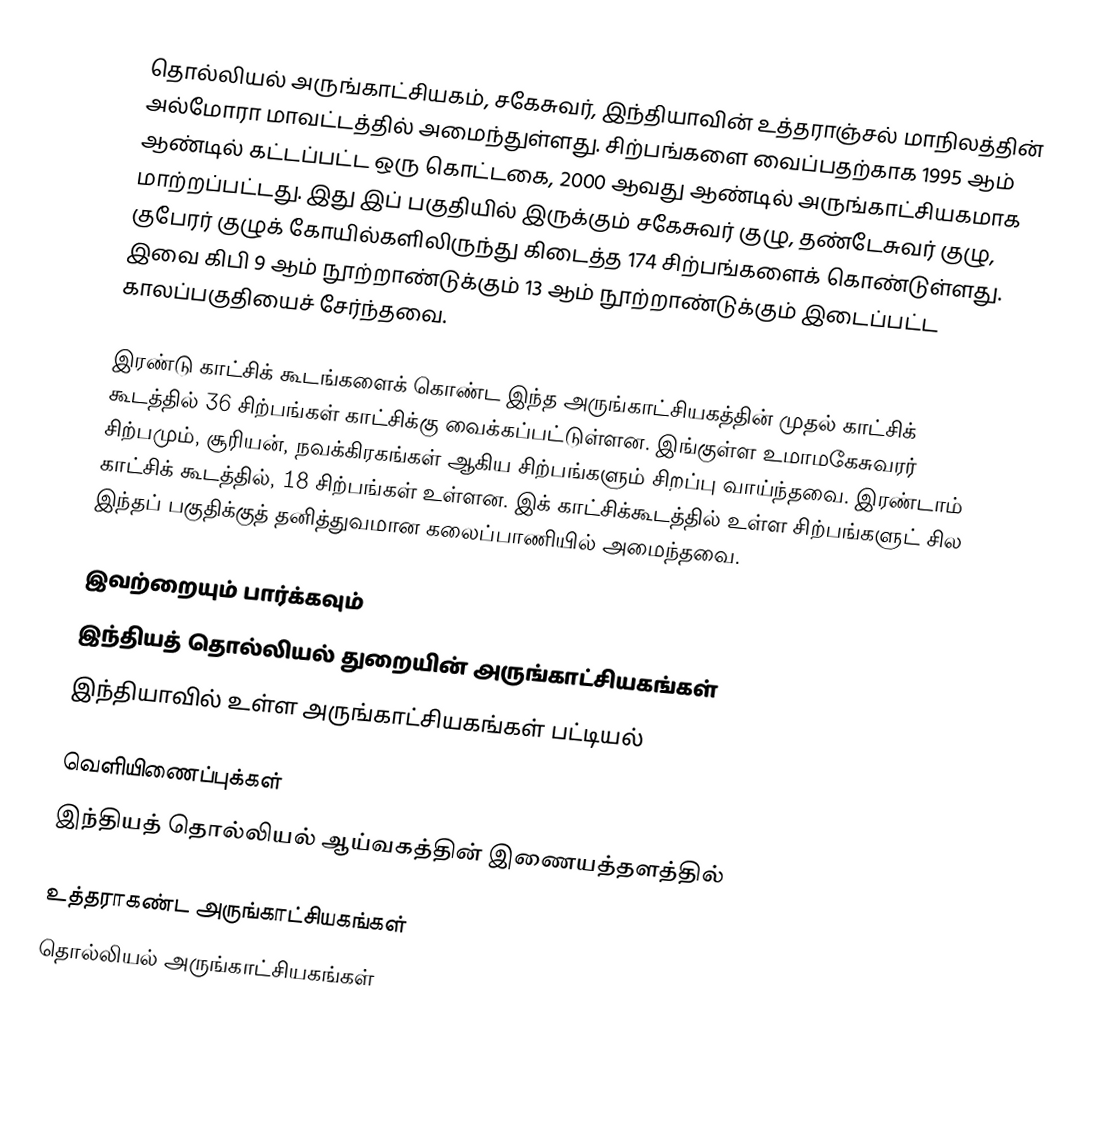
தொல்லியல் அருங்காட்சியகம், சகேசுவர், இந்தியாவின் உத்தராஞ்சல் மாநிலத்தின் அல்மோரா மாவட்டத்தில் அமைந்துள்ளது. சிற்பங்களை வைப்பதற்காக 1995 ஆம் ஆண்டில் கட்டப்பட்ட ஒரு கொட்டகை, 2000 ஆவது ஆண்டில் அருங்காட்சியகமாக மாற்றப்பட்டது. இது இப் பகுதியில் இருக்கும் சகேசுவர் குழு, தண்டேசுவர் குழு, குபேரர் குழுக் கோயில்களிலிருந்து கிடைத்த 174 சிற்பங்களைக் கொண்டுள்ளது. இவை கிபி 9 ஆம் நூற்றாண்டுக்கும் 13 ஆம் நூற்றாண்டுக்கும் இடைப்பட்ட காலப்பகுதியைச் சேர்ந்தவை.

இரண்டு காட்சிக் கூடங்களைக் கொண்ட இந்த அருங்காட்சியகத்தின் முதல் காட்சிக் கூடத்தில் 36 சிற்பங்கள் காட்சிக்கு வைக்கப்பட்டுள்ளன. இங்குள்ள உமாமகேசுவரர் சிற்பமும், சூரியன், நவக்கிரகங்கள் ஆகிய சிற்பங்களும் சிறப்பு வாய்ந்தவை. இரண்டாம் காட்சிக் கூடத்தில், 18 சிற்பங்கள் உள்ளன. இக் காட்சிக்கூடத்தில் உள்ள சிற்பங்களுட் சில இந்தப் பகுதிக்குத் தனித்துவமான கலைப்பாணியில் அமைந்தவை.

இவற்றையும் பார்க்கவும்
 இந்தியத் தொல்லியல் துறையின் அருங்காட்சியகங்கள்
 இந்தியாவில் உள்ள அருங்காட்சியகங்கள் பட்டியல்

வெளியிணைப்புக்கள்
 இந்தியத் தொல்லியல் ஆய்வகத்தின் இணையத்தளத்தில்

உத்தராகண்ட அருங்காட்சியகங்கள்
தொல்லியல் அருங்காட்சியகங்கள்